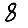
Digit: 8